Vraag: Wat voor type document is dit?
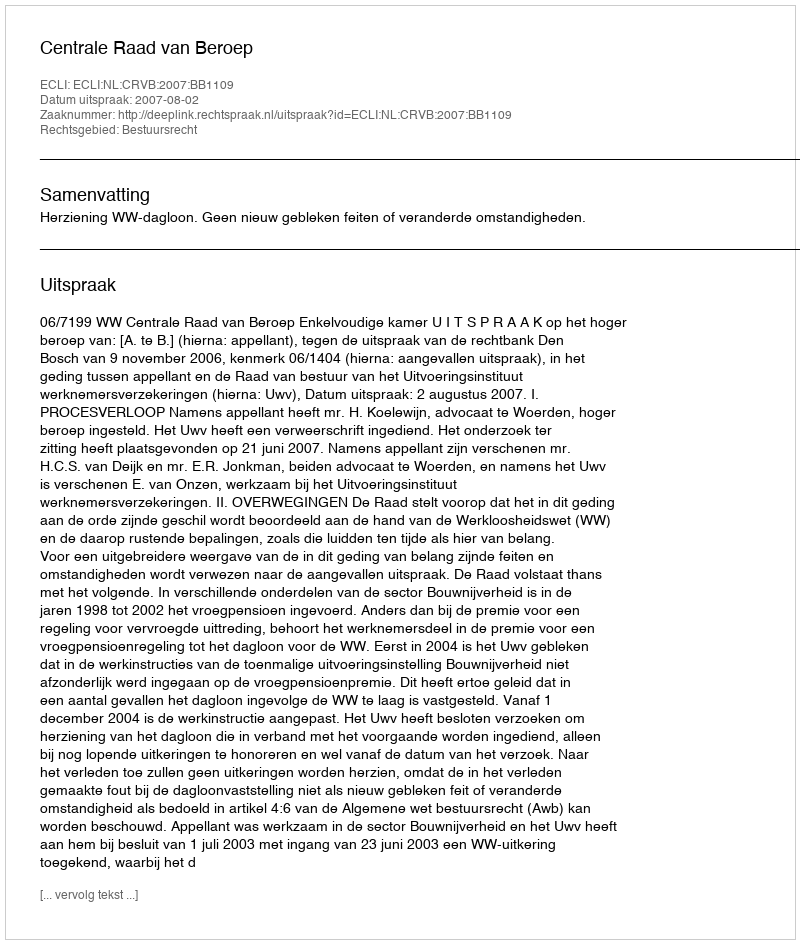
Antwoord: Uitspraak